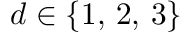
d \in \{ 1 , \, 2 , \, 3 \}